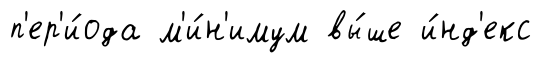
п'ер'и́ода м'и́н'имум вы́ше и́нд'екс